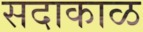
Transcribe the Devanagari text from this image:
सदाकाळ